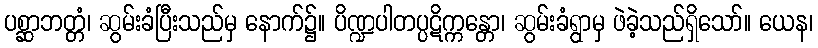
ပစ္ဆာဘတ္တံ၊ ဆွမ်းခံပြီးသည်မှ နောက်၌။ ပိဏ္ဍပါတပ္ပဋိက္ကန္တော၊ ဆွမ်းခံရွာမှ ဖဲခဲ့သည်ရှိသော်။ ယေန၊